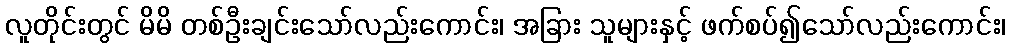
လူတိုင်းတွင် မိမိ တစ်ဦးချင်းသော်လည်းကောင်း၊ အခြား သူများနှင့် ဖက်စပ်၍သော်လည်းကောင်း၊